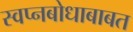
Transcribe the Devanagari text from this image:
स्वप्नबोधाबाबत